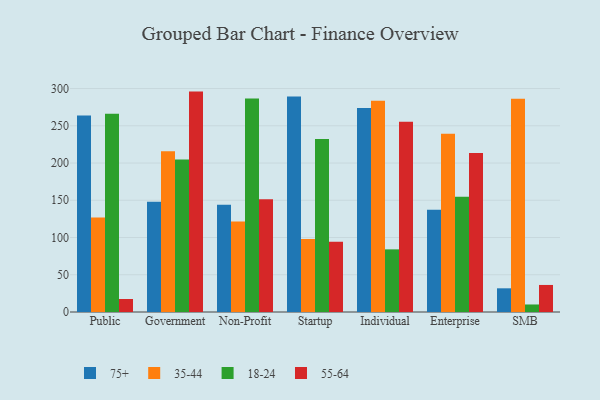
{"axis": {"x": "Segment", "y": "Tickets Resolved"}, "legend": ["18-24", "35-44", "55-64", "75+"], "data": [{"x": "Public", "y": 263.8, "type": "75+"}, {"x": "Public", "y": 127.0, "type": "35-44"}, {"x": "Public", "y": 266.0, "type": "18-24"}, {"x": "Public", "y": 17.5, "type": "55-64"}, {"x": "Government", "y": 148.1, "type": "75+"}, {"x": "Government", "y": 215.7, "type": "35-44"}, {"x": "Government", "y": 204.7, "type": "18-24"}, {"x": "Government", "y": 295.9, "type": "55-64"}, {"x": "Non-Profit", "y": 143.9, "type": "75+"}, {"x": "Non-Profit", "y": 121.5, "type": "35-44"}, {"x": "Non-Profit", "y": 286.7, "type": "18-24"}, {"x": "Non-Profit", "y": 151.3, "type": "55-64"}, {"x": "Startup", "y": 289.3, "type": "75+"}, {"x": "Startup", "y": 98.1, "type": "35-44"}, {"x": "Startup", "y": 232.1, "type": "18-24"}, {"x": "Startup", "y": 94.3, "type": "55-64"}, {"x": "Individual", "y": 273.9, "type": "75+"}, {"x": "Individual", "y": 283.7, "type": "35-44"}, {"x": "Individual", "y": 84.1, "type": "18-24"}, {"x": "Individual", "y": 255.4, "type": "55-64"}, {"x": "Enterprise", "y": 137.2, "type": "75+"}, {"x": "Enterprise", "y": 239.4, "type": "35-44"}, {"x": "Enterprise", "y": 154.6, "type": "18-24"}, {"x": "Enterprise", "y": 213.3, "type": "55-64"}, {"x": "SMB", "y": 31.8, "type": "75+"}, {"x": "SMB", "y": 286.2, "type": "35-44"}, {"x": "SMB", "y": 10.1, "type": "18-24"}, {"x": "SMB", "y": 36.3, "type": "55-64"}]}